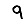
Digit: 9